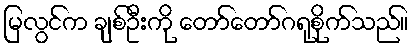
မြလွင်က ချစ်ဦးကို တော်တော်ဂရုစိုက်သည်။